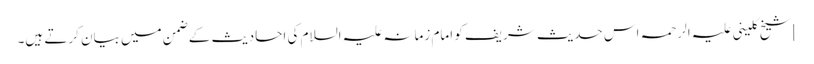
]شیخ کلینی علیہ الرحمہ اس حدیث شریف کو امام زمانہ علیہ السلام کی احادیث کے ضمن میں بیان کرتے ہیں۔